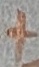
Text: +